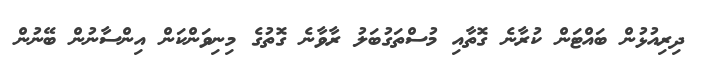
ދިރިއުޅުން ބައްޓަން ކުރާނެ ގޮތާއި މުސްތަގުބަލު ރާވާނެ ގޮތުގެ މިނިވަންކަން އިންސާނުން ބޭނުން